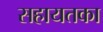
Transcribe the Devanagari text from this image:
सहायतका